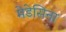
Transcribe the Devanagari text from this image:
मेडेसिना